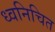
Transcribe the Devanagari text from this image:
ध्वनिचित